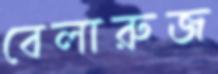
বেলারুজ